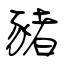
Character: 豬